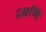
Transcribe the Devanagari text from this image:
दक्षणि